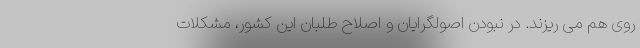
روی هم می ریزند. در نبودن اصولگرایان و اصلاح طلبان این کشور، مشکلات